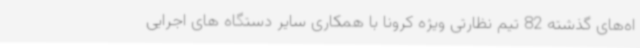
اه‌های گذشته 82 تیم نظارتی ویژه کرونا با همکاری سایر دستگاه های اجرایی